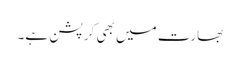
بھارت میں بھی کرپشن ہے۔